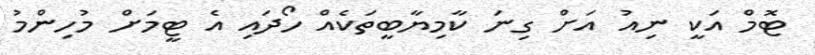
ޓޮމް އަކީ ނިއު އަށް ގިނަ ކާމިޔާބީތަކެއް ހޯދައި އެ ޓީމަށް މުހިންމު